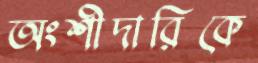
অংশীদারিকে